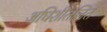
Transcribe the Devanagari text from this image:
अधिशीतलित